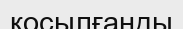
қосылғанды